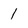
Character: 1